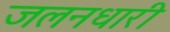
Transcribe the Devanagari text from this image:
जलनधारी